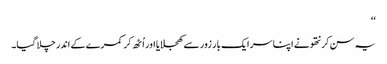
‘‘
یہ سن کر نتھو نے اپنا سر ایک بار زور سے کھجلایا اور اُٹھ کر کمرے کے اندر چلا گیا۔